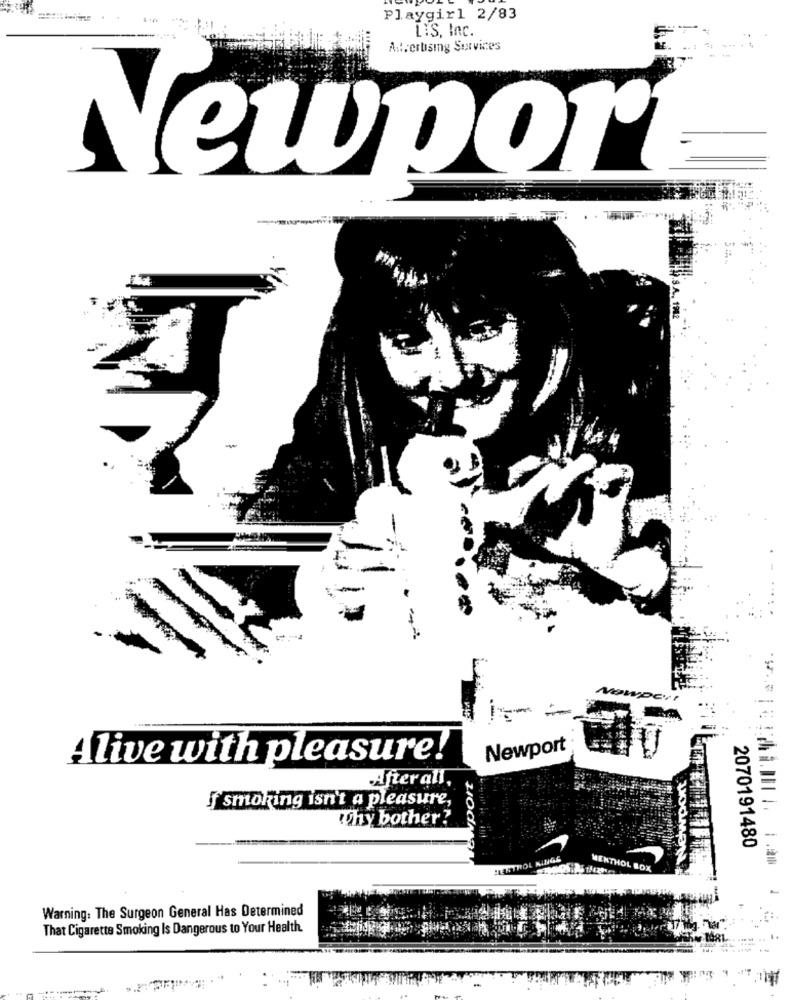
Playgirl 2/83
LIS, Inc.
Aut.ertising Services
Newpor
Newport
Alive with pleasure!
Newport
Sort
After all,
if smoking isn't a pleasure,
Why bother?
2070191480
TEATROL KINGE
MENTHOL BOX
Warning: The Surgeon General Has Determined
That Cigarette Smoking Is Dangerous to Your Health